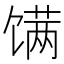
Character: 𬳏